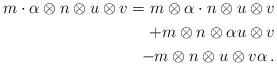
LaTeX: \begin{align*} m \cdot \alpha \otimes n \otimes u \otimes v = m \otimes \alpha \cdot n \otimes u \otimes v \\ + m \otimes n \otimes \alpha u \otimes v \\ - m \otimes n \otimes u \otimes v \alpha\,. \end{align*}